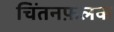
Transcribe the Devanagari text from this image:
चिंतनफ़लक